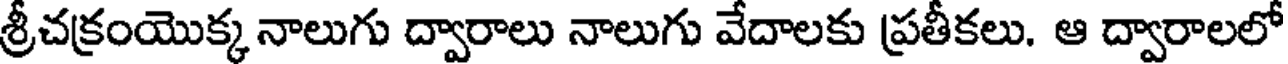
శ్రీచక్రంయొక్క నాలుగు ద్వారాలు నాలుగు వేదాలకు ప్రతీకలు. ఆ ద్వారాలలో